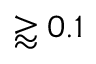
\gtrapprox 0 . 1